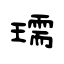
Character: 瓀